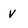
Character: v